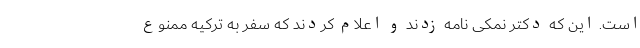
است. این که دکتر نمکی نامه زدند و اعلام کردند که سفر به ترکیه ممنوع